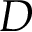
D